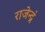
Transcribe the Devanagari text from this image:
राजेन्द्रं